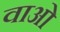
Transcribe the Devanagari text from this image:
वाओ